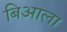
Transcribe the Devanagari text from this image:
बिआला